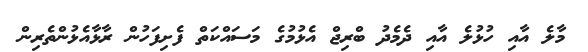
މާލެ އާއި ހުޅުލެ އާއި ދެމެދު ބްރިޖް އެޅުމުގެ މަސައްކަތް ފެށިފަހުން ރާޅާއެޅުންތެރިން